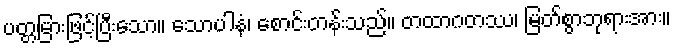
ပတ္တမြားဖြင့်ပြီးသော။ သောပါနံ၊ စောင်းတန်းသည်။ တထာဂတဿ၊ မြတ်စွာဘုရားအား။